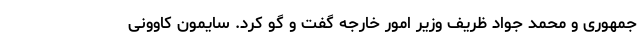
جمهوری و محمد جواد ظریف وزیر امور خارجه گفت و گو کرد. سایمون کاوونی